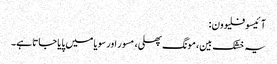
آ ئیسوفلیوون :
یہ خشک بین، مونگ پھلی، مسور اور سویا میں پایا جاتا ہے۔